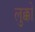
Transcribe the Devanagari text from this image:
लुक्को